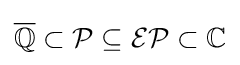
{\overline {\mathbb {Q} }}\subset {\mathcal {P}}\subseteq {\mathcal {EP}}\subset \mathbb {C}